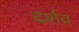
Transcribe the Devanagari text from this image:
दर्शव